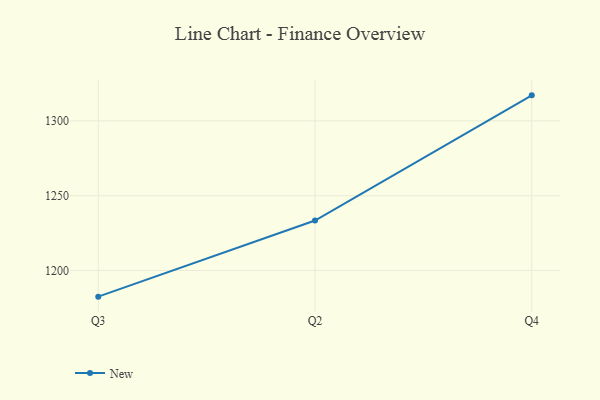
{"axis": {"x": "Quarter", "y": "Bounce Rate (%)"}, "legend": ["New"], "data": [{"x": "Q3", "y": 1182.5, "type": "New"}, {"x": "Q2", "y": 1233.4, "type": "New"}, {"x": "Q4", "y": 1317.1, "type": "New"}]}